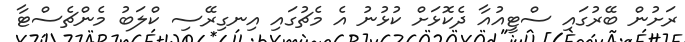
ރަށުން ބޭރުގައި ސްޓީއުއާ ދެކޮޅަށް ކުޅުނު އެ މެޗުގައި އިނގިރޭސި ކްލަބު މެންޗެސްޓާ